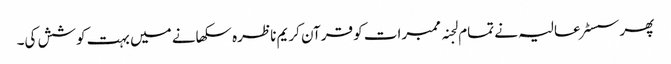
پھر سسٹر عالیہ نے تمام لجنہ ممبرات کو قرآن کریم ناظرہ سکھانے میں بہت کوشش کی۔